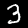
Digit: 3